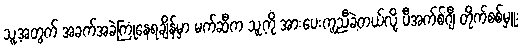
သူ့အတွက် အခက်အခဲကြုံနေရချိန်မှာ မက်ဆီက သူ့ကို အားပေးကူညီခဲ့တယ်လို့ ပီအက်စ်ဂျီ တိုက်စစ်မှူး